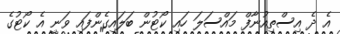
އެ ދެ އިސްތިއުނާފް މައްސަލަ ހައި ކޯޓުން ބަލައިގެންފައި ވަނީ އެ ކޯޓުގެ